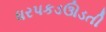
ધરપકડઊડતી